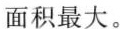
1. $$\frac{1}{4}$$ 圆可以看作圆心角是90°的扇形。 ( )